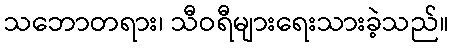
သဘောတရား၊ သီဝရီများရေးသားခဲ့သည်။